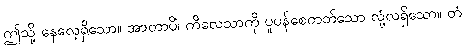
ဤသို့ နေလေ့ရှိသော။ အာတာပိံ၊ ကိလေသာကို ပူပန်စေတတ်သော လုံ့လရှိသော။ တံ